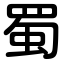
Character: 蜀